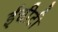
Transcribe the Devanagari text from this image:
ईचीटी